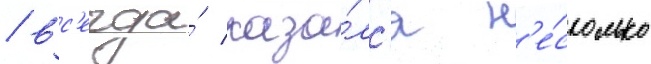
/ вс'егда́ каза́лс'я н'е́сколько